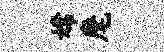
嫦麾